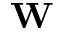
{ \bf W }